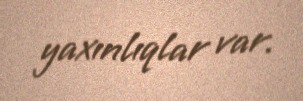
yaxınlıqlar var.